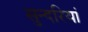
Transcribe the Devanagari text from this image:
सुन्दरियां